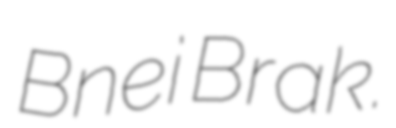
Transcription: Bnei Brak.